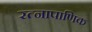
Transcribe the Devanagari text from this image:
रत्‍नापाणिक